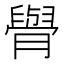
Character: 𦡌